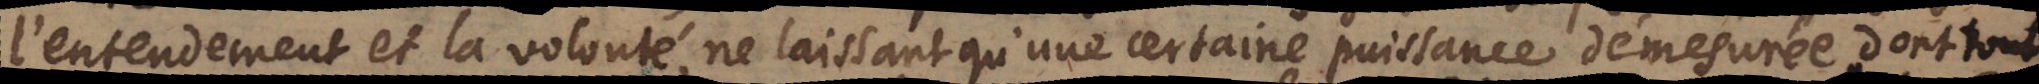
l’entendement et la volonté, ne laissant qu’une certaine puissance démesurée dont tout